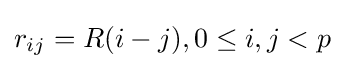
r_{ij}=R(i-j),0\leq i,j<p